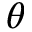
\boldsymbol { \theta }